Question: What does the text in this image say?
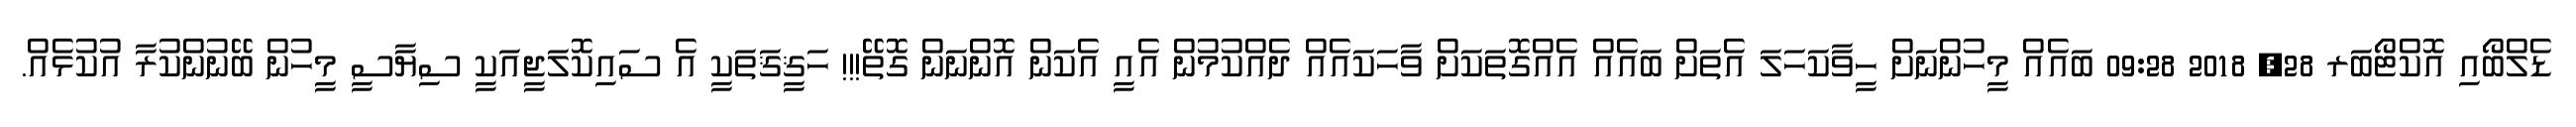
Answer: ޑެލްބޯއި އޮކްޓޯބަރ 28, 2018 09:28 ބައެއް މީހުންނަށް ހީވާކަހަލަ އެތަށް ބައެއް އެއްގޮތަކަށް ވާހަކައެއް ދެއްކުމުން އެއީ އެކަން އޮންނަން ގޮތޭ!!! ހަޤީޤަތަކީ އެ ސައިކޮލަޖީއަކީ ސިޔާސީ މީހުން ބޭނުންކުރާ އުކުޅެއް.